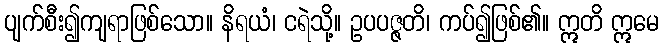
ပျက်စီး၍ကျရာဖြစ်သော။ နိရယံ၊ ငရဲသို့။ ဥပပဇ္ဇတိ၊ ကပ်၍ဖြစ်၏။ ဣတိ ဣမေ